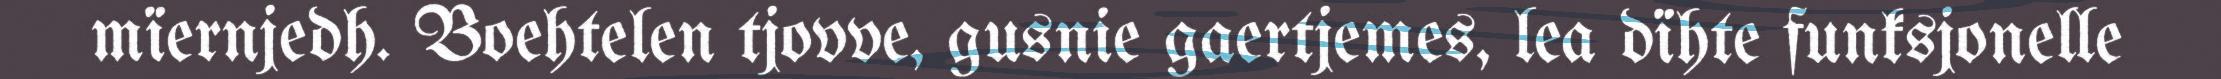
mïernjedh. Boehtelen tjovve, gusnie gaertjemes, lea dïhte funksjonelle